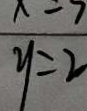
y = 2